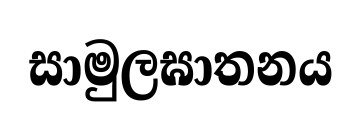
සාමුලඝාතනය